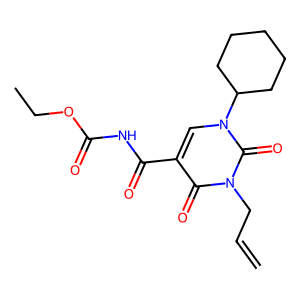
SMILES: C=CCn1c(=O)c(C(=O)NC(=O)OCC)cn(C2CCCCC2)c1=O
Inhibits HIV replication: No